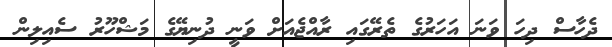
ދެހާސް ދިހަ ވަނަ އަހަރުގެ ތެރޭގައި ރާއްޖެއަށް ވަނީ ދުނިޔޭގެ މަޝްހޫރު ސެއިލިން